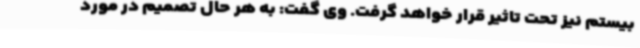
بیستم نیز تحت تاثیر قرار خواهد گرفت. وی گفت: به هر حال تصمیم در مورد